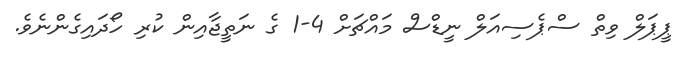
ޕީޕަލް ވިތް ސްޕެސިއަލް ނީޑްސް މައްޗަށް 4-1 ގެ ނަތީޖާއިން ކުރި ހޯދައިގެންނެވެ.